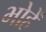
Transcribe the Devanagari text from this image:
भोहें